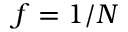
f = 1 / N